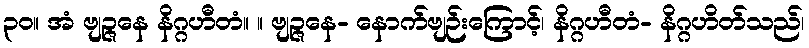
၃၀။ အံ ဗျဉ္ဇနေ နိဂ္ဂဟီတံ။ ။ ဗျဉ္ဇနေ- နောက်ဗျဉ်းကြောင့်၊ နိဂ္ဂဟီတံ- နိဂ္ဂဟိတ်သည်၊